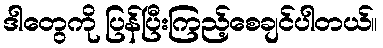
ဒါတွေကို ပြန်ပြီးကြည့်စေချင်ပါတယ်။